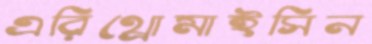
এরিথ্রোমাইসিন